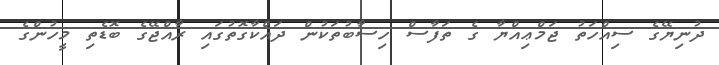
ދުނިޔޭގެ ސިއްހަތު ޖަމްޢިއްޔާ ގެ ތަފާސް ހިސާބުތަކުން ދައްކާގޮތުގައި ރާއްޖޭގެ ބޮޑެތި މީހުންގެ